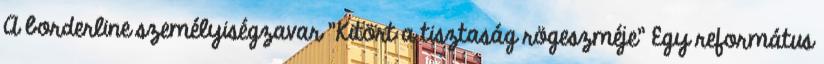
A borderline személyiségzavar "Kitört a tisztaság rögeszméje" Egy református